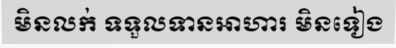
មិនលក់ ទទួលទានអាហារ មិនទៀង